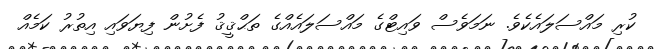
ކުރި މައްސަލައެކެވެ. ނަމަވެސް ވައިޓްގެ މައްސަލައެއްގެ ތަޙްޤީޤު ފެށުން ފިޔަވައި އިތުރު ކަމެއް